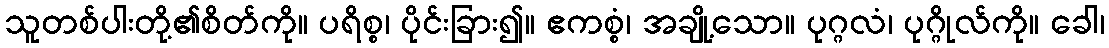
သူတစ်ပါးတို့၏စိတ်ကို။ ပရိစ္စ၊ ပိုင်းခြား၍။ ဧကစ္စံ၊ အချို့သော။ ပုဂ္ဂလံ၊ ပုဂ္ဂိုလ်ကို။ ခေါ၊